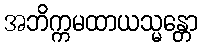
အဘိက္ကမထာယသ္မန္တော